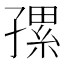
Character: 𰌯